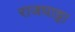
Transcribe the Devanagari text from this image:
राजघाट्टा